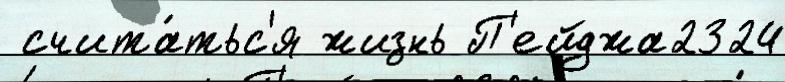
 счита́тьс'я жизнь П'ейджа2324